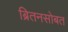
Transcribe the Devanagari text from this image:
ब्रितनसोबत